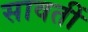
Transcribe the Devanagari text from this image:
सावतीं